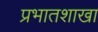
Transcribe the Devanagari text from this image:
प्रभातशाखा